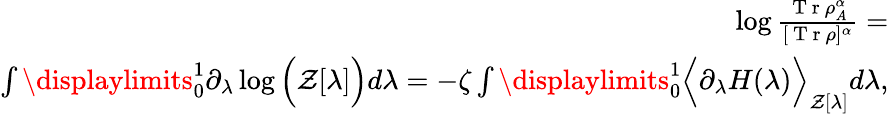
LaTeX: \begin{array}{r}{\log\frac{\mathrm{~T~r~}\rho_{A}^{\alpha}}{[\mathrm{~T~r~}\rho]^{\alpha}}=}\\ {\int\displaylimits_{0}^{1}\partial_{\lambda}\log\Big(\mathcal{Z}[\lambda]\Big)d\lambda=-\zeta\int\displaylimits_{0}^{1}\Big\langle\partial_{\lambda}H(\lambda)\Big\rangle_{\mathcal{Z}[\lambda]}d\lambda,}\end{array}